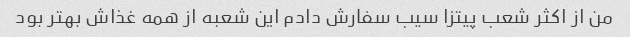
من از اکثر شعب پیتزا سیب سفارش دادم این شعبه از همه غذاش بهتر بود